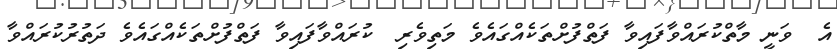
އެ  ވަނީ މާތްކުރައްވާފައިވާ ފަތްފުށްތަކެއްގައެވެ މަތިވެރި  ކުރައްވާފައިވާ ފަތްފުށްތަކެއްގައެވެ ދަތުރުކުރައްވާ